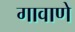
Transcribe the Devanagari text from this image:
गावाणे